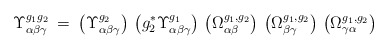
\begin{align*}\Upsilon^{g_1 g_2}_{\alpha \beta \gamma} \: = \:\left( \Upsilon^{g_2}_{\alpha \beta \gamma} \right) \,\left( g_2^* \Upsilon^{g_1}_{\alpha \beta \gamma} \right) \,\left( \Omega^{g_1, g_2}_{\alpha \beta} \right) \,\left( \Omega^{g_1, g_2}_{\beta \gamma} \right) \,\left( \Omega^{g_1, g_2}_{\gamma \alpha} \right)\end{align*}